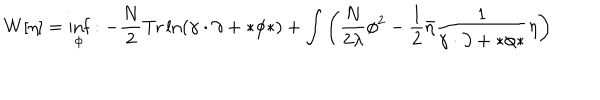
W [ \eta ] = \inf _ { \phi } : - \frac { N } { 2 } \mathrm { T r } \ln \left( \gamma \cdot \partial + * \phi * \right) + \int \left( \frac { N } { 2 \lambda } \phi ^ { 2 } - \frac { 1 } { 2 } \bar { \eta } \frac { 1 } { \gamma \cdot \partial + * \phi * } \eta \right)